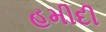
હમીદી